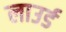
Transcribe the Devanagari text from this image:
लाउर्ड